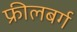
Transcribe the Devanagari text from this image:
फ्रीलबर्ग